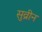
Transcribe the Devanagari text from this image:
सुव्रीन